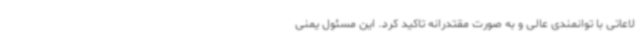
لاعاتی با توانمندی عالی و به صورت مقتدرانه تاکید کرد. این مسئول یمنی